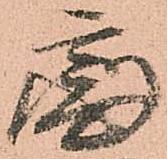
處